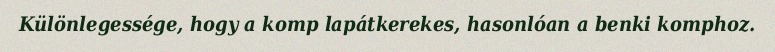
Különlegessége, hogy a komp lapátkerekes, hasonlóan a benki komphoz.